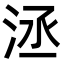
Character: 洆